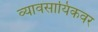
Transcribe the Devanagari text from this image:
व्यावसायिकवर